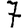
Digit: 7